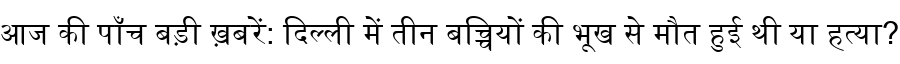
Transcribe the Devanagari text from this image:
आज की पाँच बड़ी ख़बरें: दिल्ली में तीन बच्चियों की भूख से मौत हुई थी या हत्या?